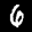
Label: 6